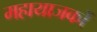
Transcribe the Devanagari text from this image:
महायाजकों